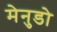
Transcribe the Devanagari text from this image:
मेनुडो